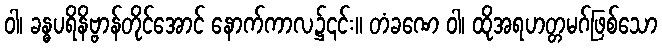
ဝါ၊ ခန္ဓပရိနိဗ္ဗာန်တိုင်အောင် နောက်ကာလ၌၎င်း။ တံခဏေ ဝါ၊ ထိုအရဟတ္တမဂ်ဖြစ်သော